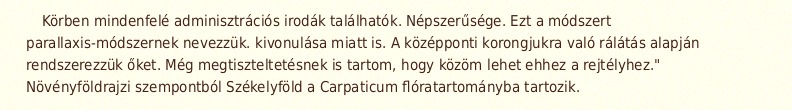
Körben mindenfelé adminisztrációs irodák találhatók. Népszerűsége. Ezt a módszert parallaxis-módszernek nevezzük. kivonulása miatt is. A középponti korongjukra való rálátás alapján rendszerezzük őket. Még megtiszteltetésnek is tartom, hogy közöm lehet ehhez a rejtélyhez." Növényföldrajzi szempontból Székelyföld a Carpaticum flóratartományba tartozik.